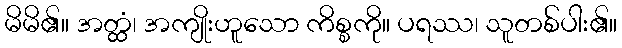
မိမိ၏။ အတ္ထံ၊ အကျိုးဟူသော ကိစ္စကို။ ပရဿ၊ သူတစ်ပါး၏။